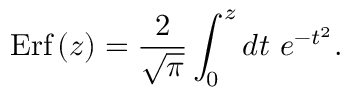
\mathrm { E r f } \left( z \right) = \frac { 2 } { \sqrt { \pi } } \int _ { 0 } ^ { z } d t \ e ^ { - t ^ { 2 } } .